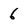
Character: 6